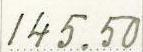
145.50